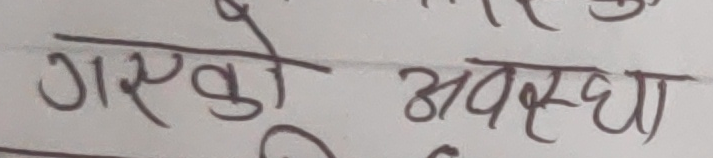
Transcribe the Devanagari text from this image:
गएको अवस्था